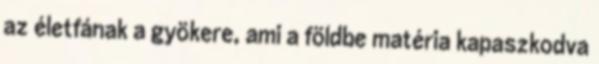
az életfának a gyökere, ami a földbe matéria kapaszkodva